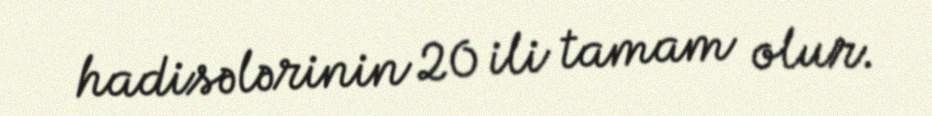
hadisələrinin 20 ili tamam olur.